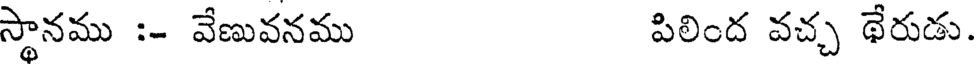
స్థానము :- వేణువనము పిలింద వచ్చ థేరుడు.